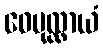
ဝေပုလ္လာယံ